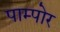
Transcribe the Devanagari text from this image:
पाम्पोर